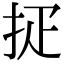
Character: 𢪵